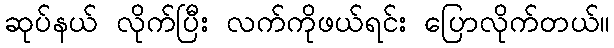
ဆုပ်နယ် လိုက်ပြီး လက်ကိုဖယ်ရင်း ပြောလိုက်တယ်။